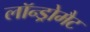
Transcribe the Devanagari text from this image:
लॉन्ड्रोमैट